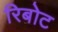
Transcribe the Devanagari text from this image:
रिबोट